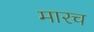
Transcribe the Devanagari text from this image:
मारच